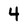
Character: 4